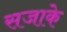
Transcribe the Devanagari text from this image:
सजाके